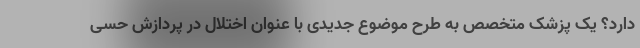
دارد؟ یک پزشک متخصص به طرح موضوع جدیدی با عنوان اختلال در پردازش حسی